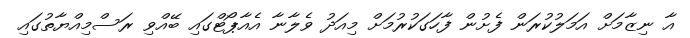
އާ ނިޒާމަށް އަމަލުކުރަން ފެށުން ފާހަގަކުރުމަށް މިއަދު ވެލާނާ އެއާޕޯޓްގައި ބޭއްވި ރަސްމިއްޔާތުގައި